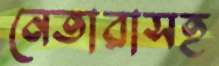
নেতারাসহ